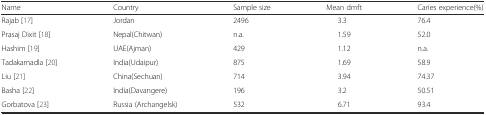
| Name | Country | Sample size | Mean dmft | Caries experience(%) |
 | --- | --- | --- | --- | --- |
 | Rajab [17] | Jordan | 2496 | 3.3 | 76.4 |
 | Prasaj Dixit [18] | Nepal(Chitwan) | n.a. | 1.59 | 52.0 |
 | Hashim [19] | UAE(Ajman) | 429 | 1.12 | n.a. |
 | Tadakamadla [20] | India(Udaipur) | 875 | 1.69 | 58.9 |
 | Liu [21] | China(Sechuan) | 714 | 3.94 | 74.37 |
 | Basha [22] | India(Davangere) | 196 | 3.2 | 50.51 |
 | Gorbatova [23] | Russia (Archangelsk) | 532 | 6.71 | 93.4 |